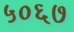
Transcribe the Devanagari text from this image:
५०६७